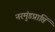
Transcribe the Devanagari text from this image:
नरमुंडप्राप्ति